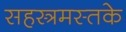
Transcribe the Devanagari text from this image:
सहस्त्रमस्तके